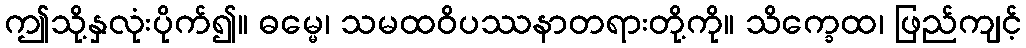
ဤသို့နှလုံးပိုက်၍။ ဓမ္မေ၊ သမထဝိပဿနာတရားတို့ကို။ သိက္ခေထ၊ ဖြည်ကျင့်